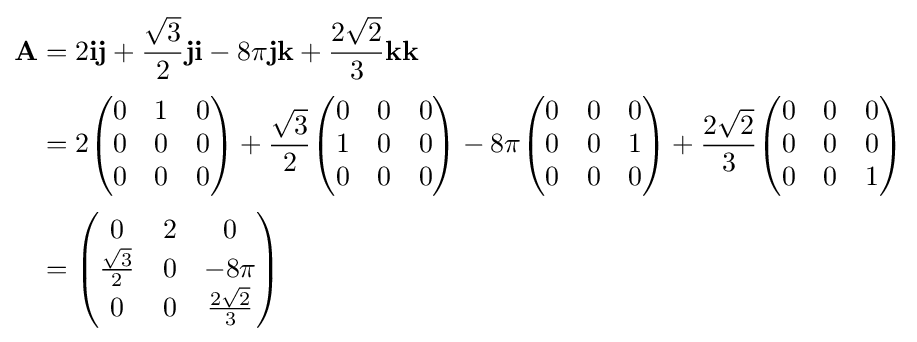
{\begin{aligned}\mathbf {A} &=2\mathbf {ij} +{\frac {\sqrt {3}}{2}}\mathbf {ji} -8\pi \mathbf {jk} +{\frac {2{\sqrt {2}}}{3}}\mathbf {kk} \\[2pt]&=2{\begin{pmatrix}0&1&0\\0&0&0\\0&0&0\end{pmatrix}}+{\frac {\sqrt {3}}{2}}{\begin{pmatrix}0&0&0\\1&0&0\\0&0&0\end{pmatrix}}-8\pi {\begin{pmatrix}0&0&0\\0&0&1\\0&0&0\end{pmatrix}}+{\frac {2{\sqrt {2}}}{3}}{\begin{pmatrix}0&0&0\\0&0&0\\0&0&1\end{pmatrix}}\\[2pt]&={\begin{pmatrix}0&2&0\\{\frac {\sqrt {3}}{2}}&0&-8\pi \\0&0&{\frac {2{\sqrt {2}}}{3}}\end{pmatrix}}\end{aligned}}